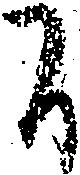
間